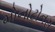
મોનોટોનસ